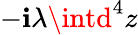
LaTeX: -\mathbf{i}\lambda\intd^{4}z